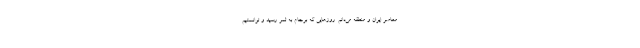
معاصر ایران و منطقه می‌دانم. روزهایی که برجام به ثمر رسید و توانستیم